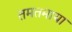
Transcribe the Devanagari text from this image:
तमतमाया